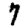
Digit: 7